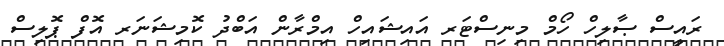
ރައީސް ޞާލިހް ހޯމް މިނިސްޓަރ އައިޝައިހް އިމްރާން އަބްދު ކޮމިޝަނަރ އޮފް ޕޮލިސް